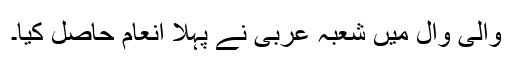
والی وال میں شعبہ عربی نے پہلا انعام حاصل کیا۔